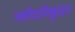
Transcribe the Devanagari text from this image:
सोर्दोमुदा